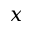
x